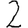
Digit: 2